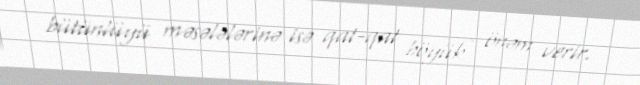
bütünlüyü məsələlərinə isə qat-qat böyük önəm verir.